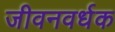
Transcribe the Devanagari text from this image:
जीवनवर्धक